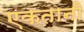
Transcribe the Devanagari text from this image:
एकतानी